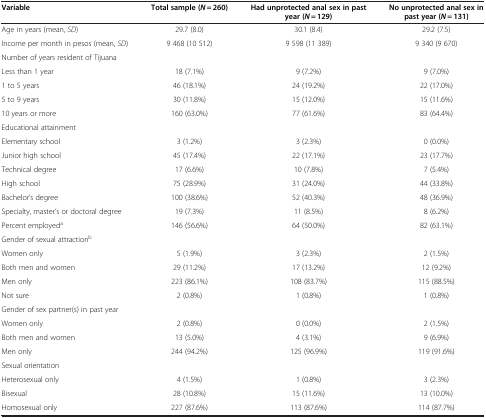
<table><thead><tr><td><b>Variable</b></td><td><b>Total sample (<i>N</i> = 260)</b></td><td><b>Had unprotected anal sex in past year (<i>N</i> = 129)</b></td><td><b>No unprotected anal sex in past year (<i>N</i> = 131)</b></td></tr></thead><tbody><tr><td>Age in years (mean, <i>SD</i>)</td><td>29.7 (8.0)</td><td>30.1 (8.4)</td><td>29.2 (7.5)</td></tr><tr><td>Income per month in pesos (mean, <i>SD</i>)</td><td>9 468 (10 512)</td><td>9 598 (11 389)</td><td>9 340 (9 670)</td></tr><tr><td>Number of years resident of Tijuana</td><td> </td><td> </td><td> </td></tr><tr><td>Less than 1 year</td><td>18 (7.1%)</td><td>9 (7.2%)</td><td>9 (7.0%)</td></tr><tr><td>1 to 5 years</td><td>46 (18.1%)</td><td>24 (19.2%)</td><td>22 (17.0%)</td></tr><tr><td>5 to 9 years</td><td>30 (11.8%)</td><td>15 (12.0%)</td><td>15 (11.6%)</td></tr><tr><td>10 years or more</td><td>160 (63.0%)</td><td>77 (61.6%)</td><td>83 (64.4%)</td></tr><tr><td>Educational attainment</td><td> </td><td> </td><td> </td></tr><tr><td>Elementary school</td><td>3 (1.2%)</td><td>3 (2.3%)</td><td>0 (0.0%)</td></tr><tr><td>Junior high school</td><td>45 (17.4%)</td><td>22 (17.1%)</td><td>23 (17.7%)</td></tr><tr><td>Technical degree</td><td>17 (6.6%)</td><td>10 (7.8%)</td><td>7 (5.4%)</td></tr><tr><td>High school</td><td>75 (28.9%)</td><td>31 (24.0%)</td><td>44 (33.8%)</td></tr><tr><td>Bachelor’s degree</td><td>100 (38.6%)</td><td>52 (40.3%)</td><td>48 (36.9%)</td></tr><tr><td>Specialty, master’s or doctoral degree</td><td>19 (7.3%)</td><td>11 (8.5%)</td><td>8 (6.2%)</td></tr><tr><td>Percent employed<sup>a</sup></td><td>146 (56.6%)</td><td>64 (50.0%)</td><td>82 (63.1%)</td></tr><tr><td>Gender of sexual attraction<sup>b</sup></td><td> </td><td> </td><td> </td></tr><tr><td>Women only</td><td>5 (1.9%)</td><td>3 (2.3%)</td><td>2 (1.5%)</td></tr><tr><td>Both men and women</td><td>29 (11.2%)</td><td>17 (13.2%)</td><td>12 (9.2%)</td></tr><tr><td>Men only</td><td>223 (86.1%)</td><td>108 (83.7%)</td><td>115 (88.5%)</td></tr><tr><td>Not sure</td><td>2 (0.8%)</td><td>1 (0.8%)</td><td>1 (0.8%)</td></tr><tr><td>Gender of sex partner(s) in past year</td><td> </td><td> </td><td> </td></tr><tr><td>Women only</td><td>2 (0.8%)</td><td>0 (0.0%)</td><td>2 (1.5%)</td></tr><tr><td>Both men and women</td><td>13 (5.0%)</td><td>4 (3.1%)</td><td>9 (6.9%)</td></tr><tr><td>Men only</td><td>244 (94.2%)</td><td>125 (96.9%)</td><td>119 (91.6%)</td></tr><tr><td>Sexual orientation</td><td> </td><td> </td><td> </td></tr><tr><td>Heterosexual only</td><td>4 (1.5%)</td><td>1 (0.8%)</td><td>3 (2.3%)</td></tr><tr><td>Bisexual</td><td>28 (10.8%)</td><td>15 (11.6%)</td><td>13 (10.0%)</td></tr><tr><td>Homosexual only</td><td>227 (87.6%)</td><td>113 (87.6%)</td><td>114 (87.7%)</td></tr></tbody></table>